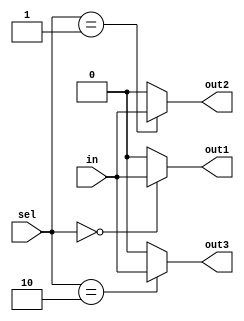
module demux (
    input wire in,
    input wire [2:0] sel,
    output reg out1,
    output reg out2,
    output reg out3
);

always @ (in, sel) begin
    case (sel)
        3'b000: begin
            out1 = in;
            out2 = 0;
            out3 = 0;
        end
        3'b001: begin
            out1 = 0;
            out2 = in;
            out3 = 0;
        end
        3'b010: begin
            out1 = 0;
            out2 = 0;
            out3 = in;
        end
        default: begin
            out1 = 0;
            out2 = 0;
            out3 = 0;
        end
    endcase
end

endmodule